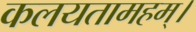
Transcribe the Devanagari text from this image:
कलयतामहम्।